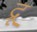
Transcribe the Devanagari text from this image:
द्रू